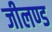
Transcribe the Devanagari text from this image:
जीलण्ड